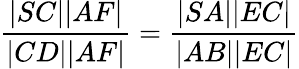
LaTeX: {\frac{|SC||AF|}{|CD||AF|}}={\frac{|SA||EC|}{|AB||EC|}}